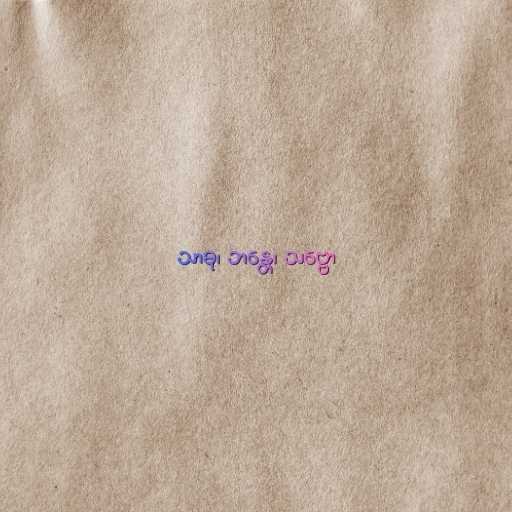
သာဓု၊ ဘန္တေ၊ သဗ္ဗော